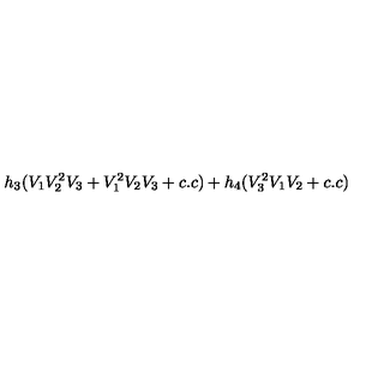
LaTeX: h _ { 3 } ( V _ { 1 } V _ { 2 } ^ { 2 } V _ { 3 } + V _ { 1 } ^ { 2 } V _ { 2 } V _ { 3 } + c . c ) + h _ { 4 } ( V _ { 3 } ^ { 2 } V _ { 1 } V _ { 2 } + c . c )